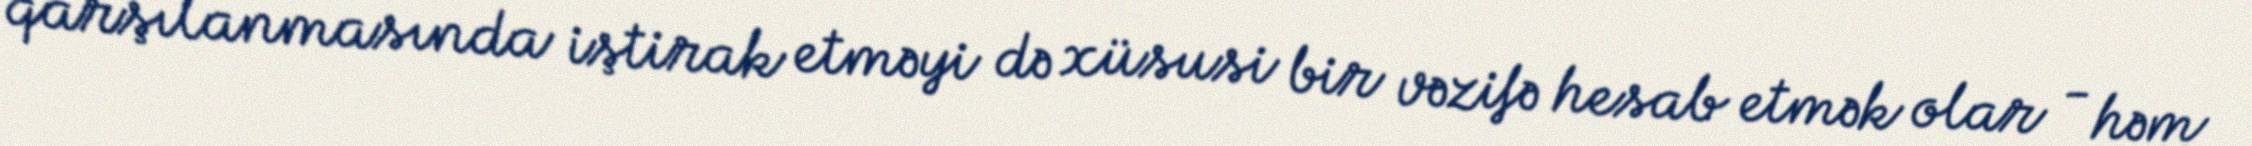
qarşılanmasında iştirak etməyi də xüsusi bir vəzifə hesab etmək olar - həm